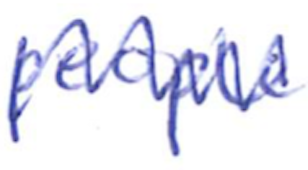
Text: people
Cross-out: zig-zag
Writing tool: ballpoint